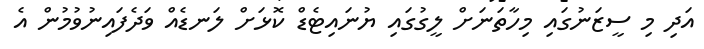
އަދި މި ސީޒަނުގައި މިހާތަނަށް ލީގުގައި ޔުނައިޓެޑް ކޮޅަށް ލަނޑެއް ވަދެފައިނުވުމުން އެ